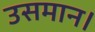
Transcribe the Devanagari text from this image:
उसमान।